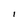
Character: I